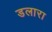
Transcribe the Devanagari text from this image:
डलारा